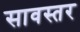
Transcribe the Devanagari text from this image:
सावस्तर